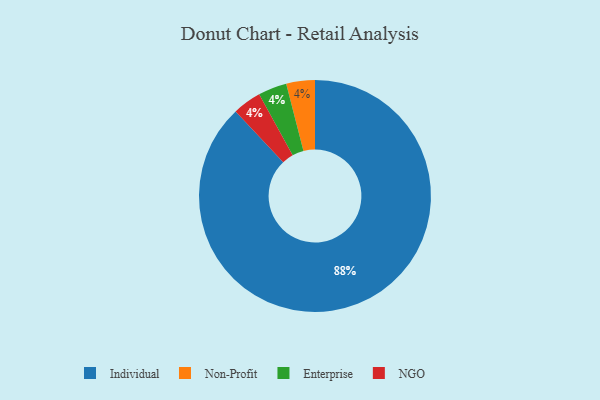
{"axis": {"x": "Category", "y": "Percentage"}, "legend": ["Enterprise", "Individual", "NGO", "Non-Profit"], "data": [{"x": "Individual", "y": 88, "type": "Individual"}, {"x": "Non-Profit", "y": 4, "type": "Non-Profit"}, {"x": "Enterprise", "y": 4, "type": "Enterprise"}, {"x": "NGO", "y": 4, "type": "NGO"}]}